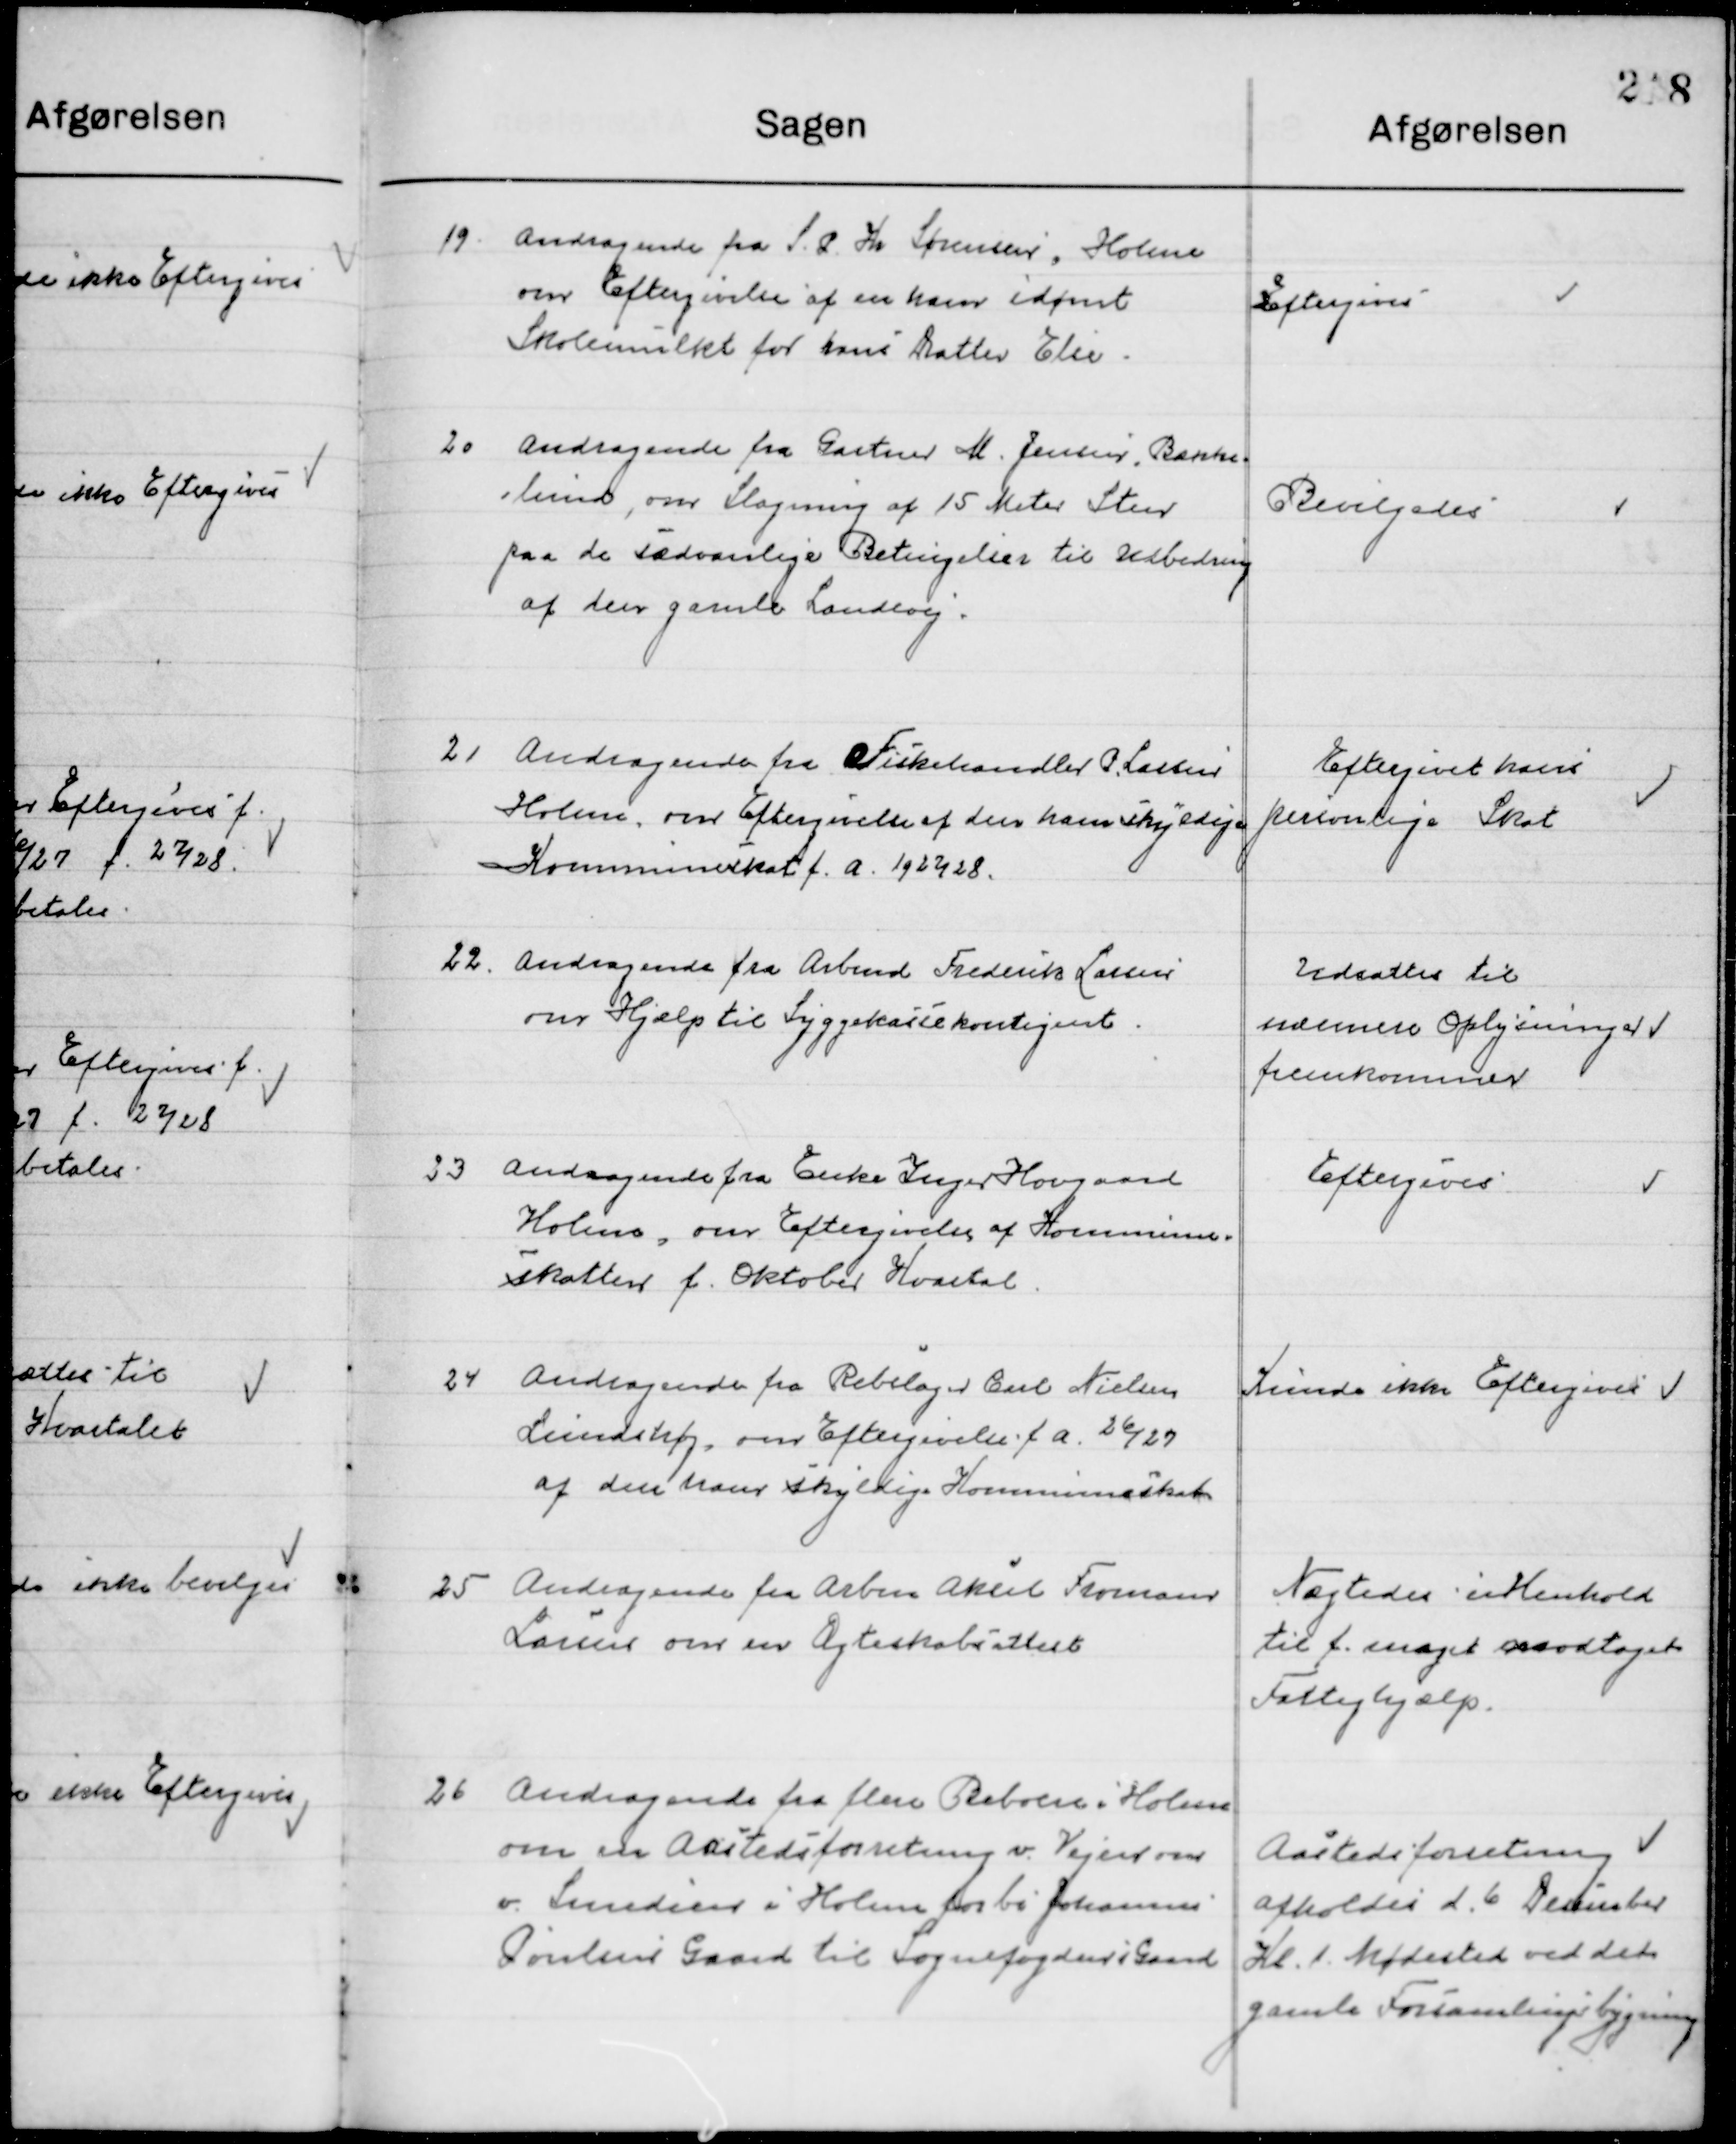
Transskription:
19.

Andragende fra S. P. Kr. Sørensen, Holme
om Eftergivelse af en ham idømt 
Skolemulkt for hans Datter Else.

Eftergives

20

Andragende fra Gartner M. Jensen, Bakke-
lund, om Slagning af 15 Meter Sten
paa de sædvanlige Betingelser til Udbedring
af den gamle Landevej.

Bevilgedes

21

Andragende fra Fiskehandler P. Larsen
Holme, om Eftergivelse af den ham skyldige
Kommuneskat f. a. 1927/28.

Eftergives hans
Personlige Skat

22.

Andragende fra Arbmd. Frederik Lassen
Om Hjælp til Syggekassekontingent.

Udsattes til
nærmere Oplysninger
fremkommer

23

Andragende fra Enke Inger Hovgaard
Holme, om Eftergivelse af Kommune-
skatten f. Oktober Kvartal.

Eftergives

24

Andragende fra Rebslager Carl Nielsen
Lindshøj, om Eftergivelse f. A. 26/27
af den ham skyldige Kommuneskat.

Kunde ikke Eftergives

25

Andragende fra Arbmd. Aksel Thomas
Larsen om en Ægteskabsattest

Nægtes i Henhold 
Til f. meget modtaget
Fattighjælp.

26

Andragende fra flere Beboere i Holme
om en Aasteds forretning v. Vejene over
v. Smedien i Holme forbi Johannes
Poulsens Gaard til Sognefogdens Gaard

Aasteds forreting
afholdes d. 6. December
Kl. 1. Mødested ved det
Gamle Forsamlingsbygning